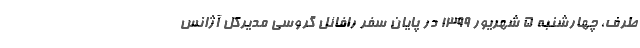
طرف، چهارشنبه ۵ شهریور ۱۳۹۹ در پایان سفر رافائل گروسی مدیرکل آژانس